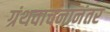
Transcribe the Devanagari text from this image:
ग्रंथवाचनानंतर